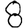
Digit: 8